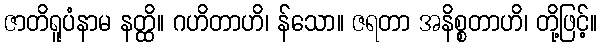
ဇာတိရူပံနာမ နတ္ထိ။ ဂဟိတာဟိ၊ န်သော။ ဇရတာ အနိစ္စတာဟိ၊ တို့ဖြင့်။